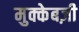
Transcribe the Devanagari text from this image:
मुक्केबज़ी